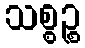
သစ္စဉ္စ